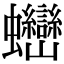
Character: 𧖖